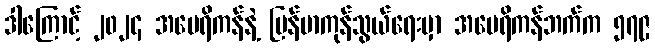
ဒါကြောင့် ၂၀၂၄ အမေရိကန်နဲ့ မြန်မာကုန်သွယ်ရေးမှာ အမေရိကန်ဘက်က ၅၇၉